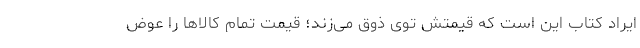
ایراد کتاب این است که قیمتش توی ذوق می‌زند؛ قیمت تمام کالاها را عوض